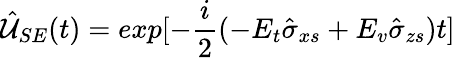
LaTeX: \hat{\mathcal{U}}_{SE}(t)=exp[-\frac{i}{2}(-E_{t}\hat{\sigma}_{xs}+E_{v}\hat{\sigma}_{zs})t]